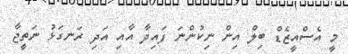
މީ އެސްއީޒެޑް ބިލް އިން ނިކުންނަ ފައިދާ އާއި އަދި ރަނގަޅު ނަތީޖާ